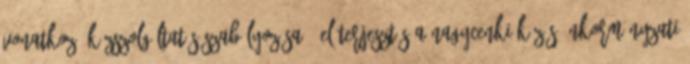
vonatkozó közszolgáltatás szabályozása - Előterjesztés a Nagycenki Közös Önkormányzati